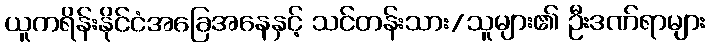
ယူကရိန်းနိုင်ငံအခြေအနေနှင့် သင်တန်းသား/သူများ၏ ဦးဒဏ်ရာများ